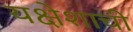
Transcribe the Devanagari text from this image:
यक्षेशाची